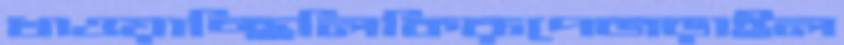
খাওয়াচ্ছিলিকিরূপেজড়াইল